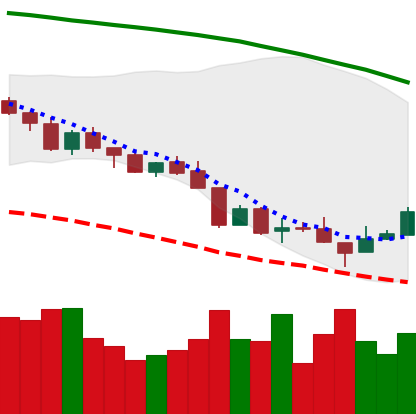
Ticker: XMR-USD
Chart end date: 2018-08-17
Forward return: -9.195%
Label: down_7plus